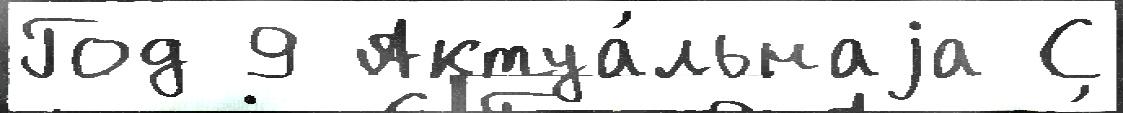
Год 9 Актуа́льнаjа С